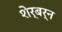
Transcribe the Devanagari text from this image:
शेर्बर्न